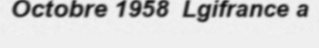
Octobre 1958  Lgifrance a